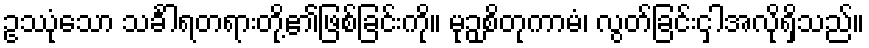
ဥဿုံသော သင်္ခါရတရားတို့၏ဖြစ်ခြင်းကို။ မုဉှစိတုကာမံ၊ လွတ်ခြင်းငှါအလိုရှိသည်။